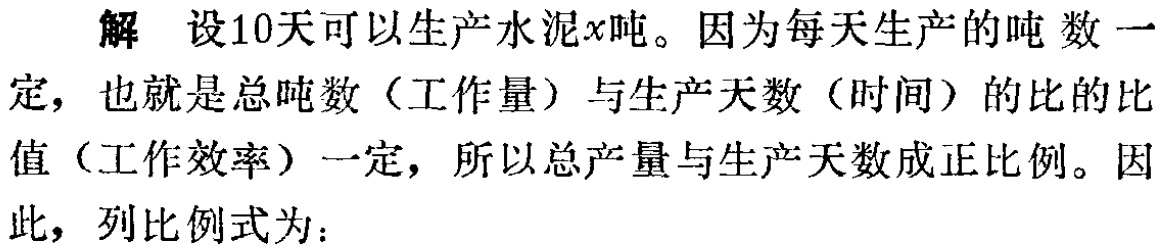
解 设10天可以生产水泥\(x\)吨。因为每天生产的吨数一定，也就是总吨数（工作量）与生产天数（时间）的比的比值（工作效率）一定，所以总产量与生产天数成正比例。因此，列比例式为：